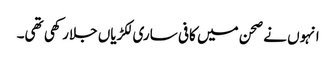
انہوں نے صحن میں کافی ساری لکڑیاں جلارکھی تھی۔